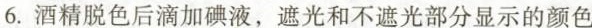
6.酒精脱色后滴加碘液，遮光和不遮光部分显示的颜色